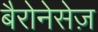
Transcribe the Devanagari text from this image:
बैरोनेसेज़